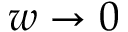
w \rightarrow 0